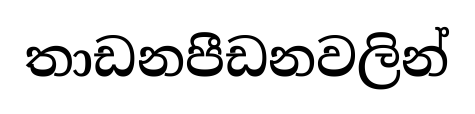
තාඩනපීඩනවලින්